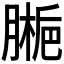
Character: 𫆱